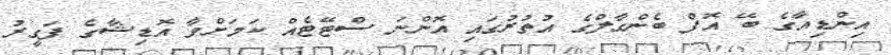
އިންޑިއާގެ ބޭ އޮފް ބެންގާލްގެ އުތުރުގައި އޮންނަ ސްޓޭޓެއް ކަމަށްވާ އޮޑިޝާގެ ފަގީރު